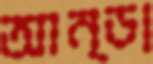
আন্ডা